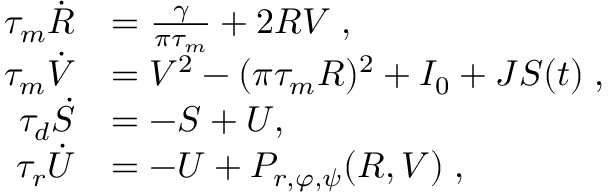
\begin{array} { r l } { \tau _ { m } \dot { R } } & { = \frac { \gamma } { \pi \tau _ { m } } + 2 R V \; , } \\ { \tau _ { m } \dot { V } } & { = V ^ { 2 } - ( \pi \tau _ { m } R ) ^ { 2 } + I _ { 0 } + J S ( t ) \; , } \\ { \tau _ { d } \dot { S } } & { = - S + U , \; } \\ { \tau _ { r } \dot { U } } & { = - U + P _ { r , \varphi , \psi } ( R , V ) \; , } \end{array}